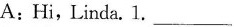
A:Hi,Linda.1.___